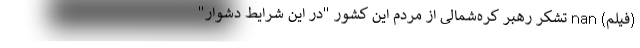
(فیلم) nan تشکر رهبر کره‌شمالی از مردم این کشور "در این شرایط دشوار"